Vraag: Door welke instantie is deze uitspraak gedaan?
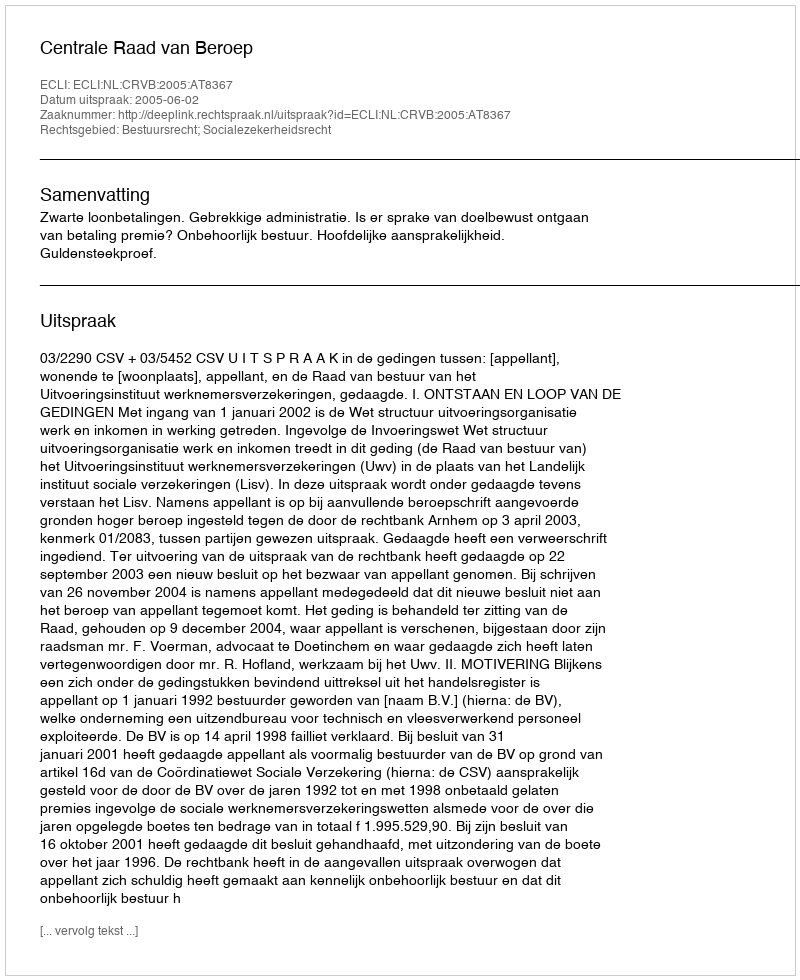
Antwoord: Centrale Raad van Beroep